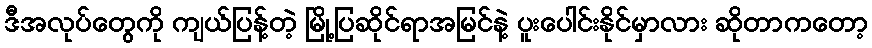
ဒီအလုပ်တွေကို ကျယ်ပြန့်တဲ့ မြို့ပြဆိုင်ရာအမြင်နဲ့ ပူးပေါင်းနိုင်မှာလား ဆိုတာကတော့